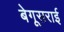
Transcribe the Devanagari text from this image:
बेगूसराई